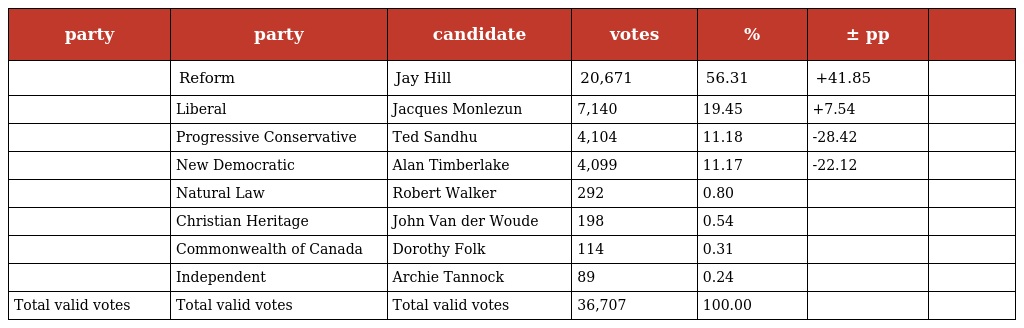
| party | party | candidate | votes | % | ± pp |  |
 | --- | --- | --- | --- | --- | --- | --- |
 |  | Reform | Jay Hill | 20,671 | 56.31 | +41.85 |  |
 |  | Liberal | Jacques Monlezun | 7,140 | 19.45 | +7.54 |  |
 |  | Progressive Conservative | Ted Sandhu | 4,104 | 11.18 | -28.42 |  |
 |  | New Democratic | Alan Timberlake | 4,099 | 11.17 | -22.12 |  |
 |  | Natural Law | Robert Walker | 292 | 0.80 |  |  |
 |  | Christian Heritage | John Van der Woude | 198 | 0.54 |  |  |
 |  | Commonwealth of Canada | Dorothy Folk | 114 | 0.31 |  |  |
 |  | Independent | Archie Tannock | 89 | 0.24 |  |  |
 | Total valid votes | Total valid votes | Total valid votes | 36,707 | 100.00 |  |  |